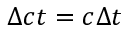
\Delta { c t } = c \Delta t